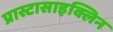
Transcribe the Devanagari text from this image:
प्रास्टासाइक्लिन